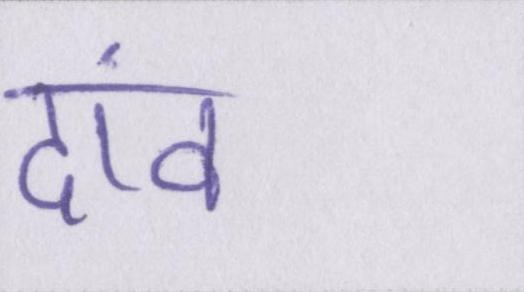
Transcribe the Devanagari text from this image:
दांव